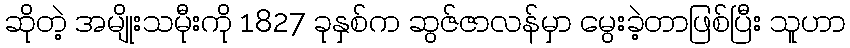
ဆိုတဲ့ အမျိုးသမီုးကို 1827 ခုနှစ်က ဆွဇ်ဇာလန်မှာ မွေးခဲ့တာဖြစ်ပြီး သူဟာ